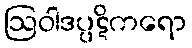
ဩဝါဒပ္ပဋိကရော